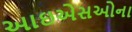
આઇએસઓના